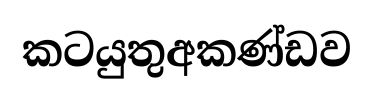
කටයුතුඅකණ්ඩව